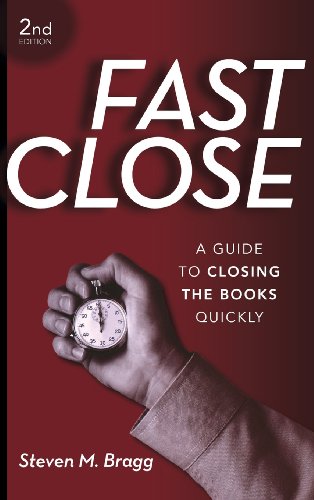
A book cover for Fast Close: A Guide to Closing the Books Quickly; Steven M. Bragg; Business & Money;